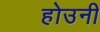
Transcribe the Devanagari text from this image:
होउनी